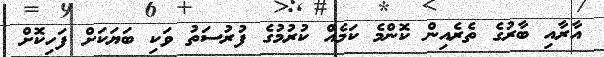
އާރާއި ބާރުގެ ތެރެއިން ކޮންމެ ކަމެއް ކުރުމުގެ ފުރުސަތު ވަކި ބަޔަކަށް ފަހިކޮށް